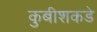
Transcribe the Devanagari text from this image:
कुबीशकडे